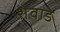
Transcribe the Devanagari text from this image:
शेवाडे